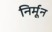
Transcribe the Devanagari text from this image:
निर्मून